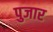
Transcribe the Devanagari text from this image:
पुजार